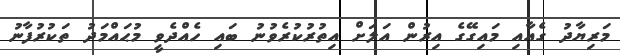
މަރިޔާދު ގެއާއި މައިގޭގެ އިރުން އަލަށް އިތުރުކުރެވުނު ބައި ހެއްދެވީ މުޙައްމަދު ތަކުރުފާނު